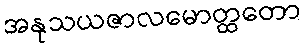
အနုသယဇာလမောတ္ထတော